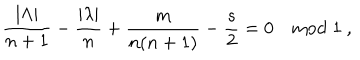
\frac { | \Lambda | } { n + 1 } - \frac { | \lambda | } { n } + { \frac { m } { n ( n + 1 ) } } - { \frac { s } { 2 } } = 0 \quad \mathrm { m o d } \; 1 ~ ,